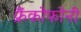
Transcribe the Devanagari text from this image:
फ्रैंकोफोनी